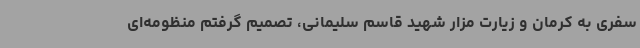
سفری به کرمان و زیارت مزار شهید قاسم سلیمانی، تصمیم گرفتم منظومه‌ای